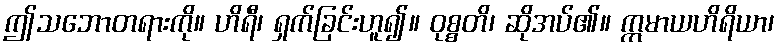
ဤသဘောတရားကို။ ဟိရီ၊ ရှက်ခြင်းဟူ၍။ ဝုစ္စတိ၊ ဆိုအပ်၏။ ဣမာယဟိရိယာ၊